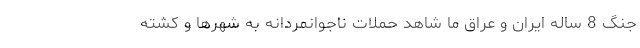
جنگ 8 ساله ایران و عراق ما شاهد حملات ناجوانمردانه به شهرها و کشته